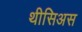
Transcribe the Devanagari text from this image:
थीसिअस